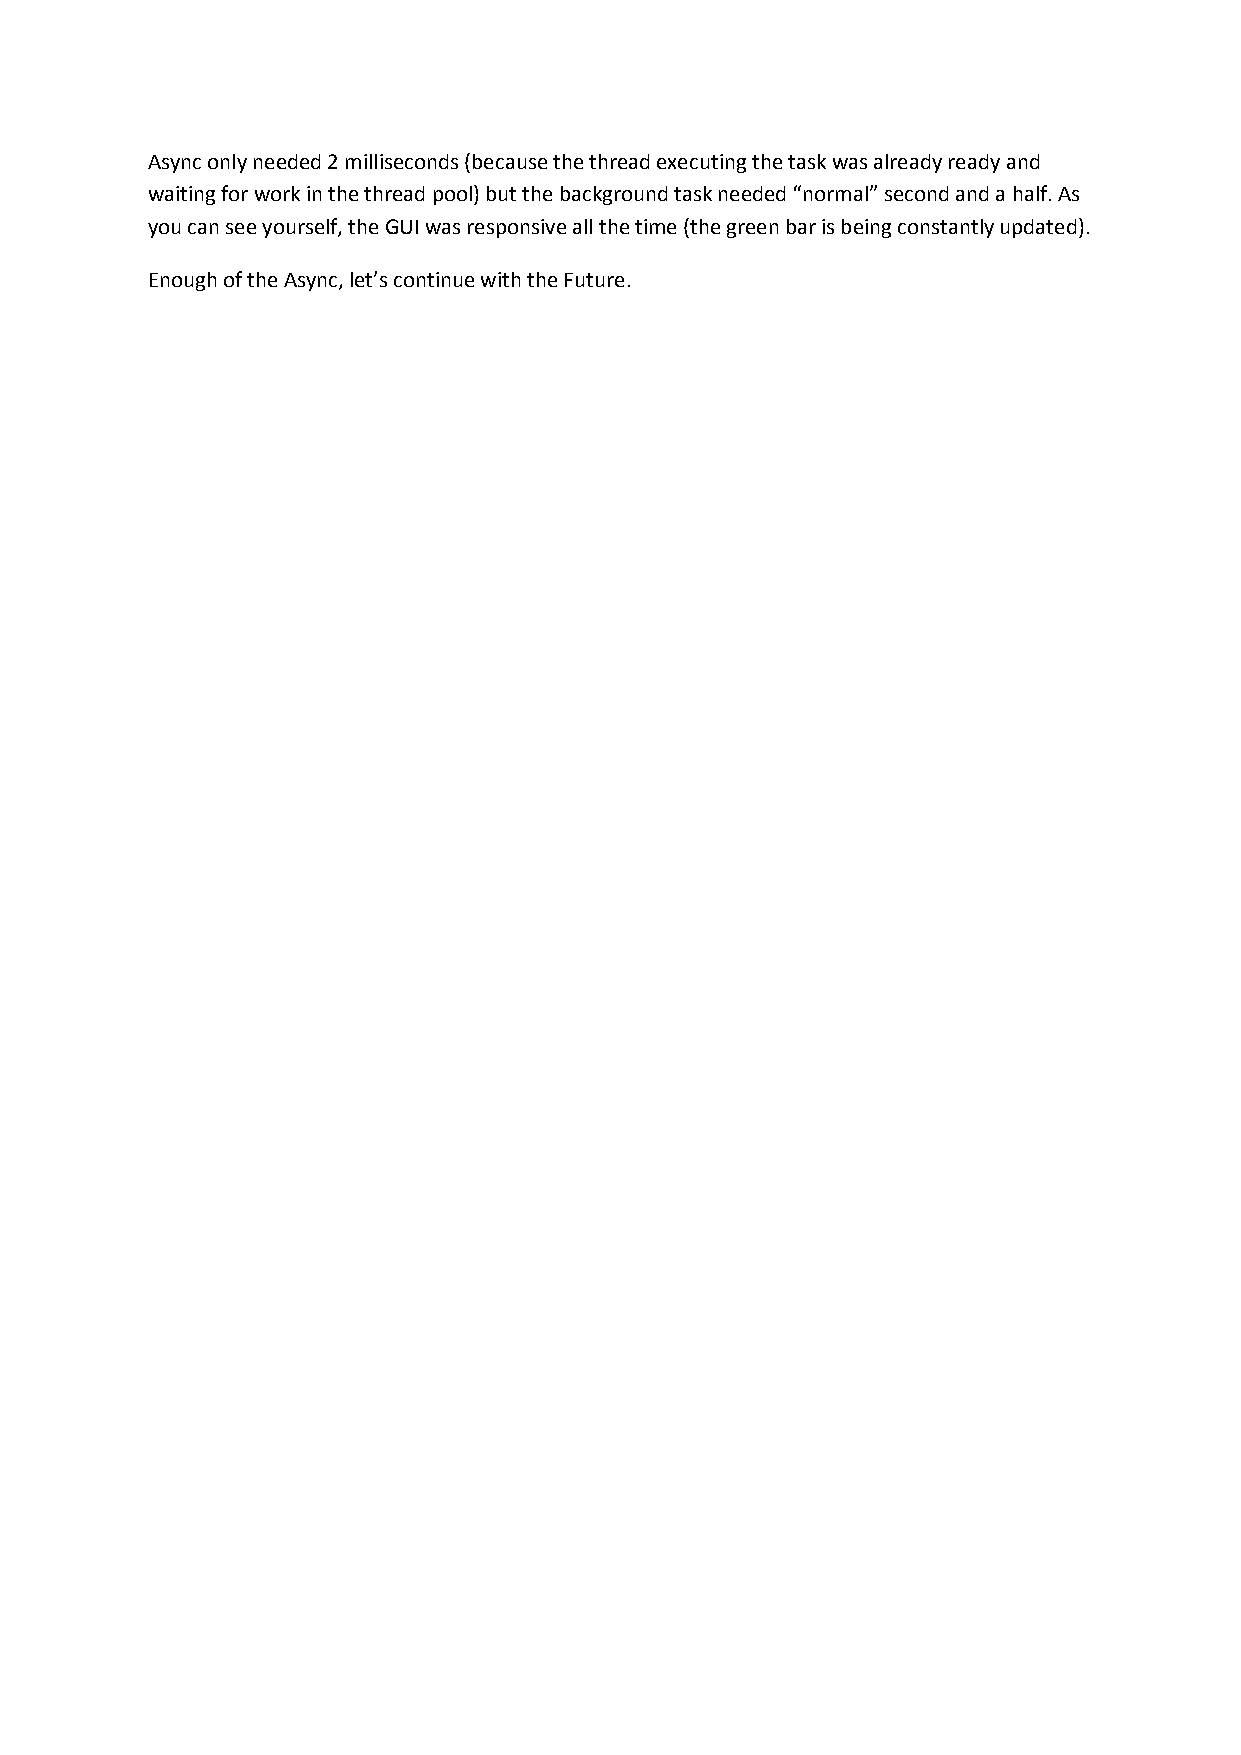
Async only needed 2 milliseconds (because the thread executing the task was already ready and
 waiting for work in the thread pool) but the background task needed “normal” second and a half. As
 you can see yourself, the GUI was responsive all the time (the green bar is being constantly updated).
 Enough of the Async, let’s continue with the Future.